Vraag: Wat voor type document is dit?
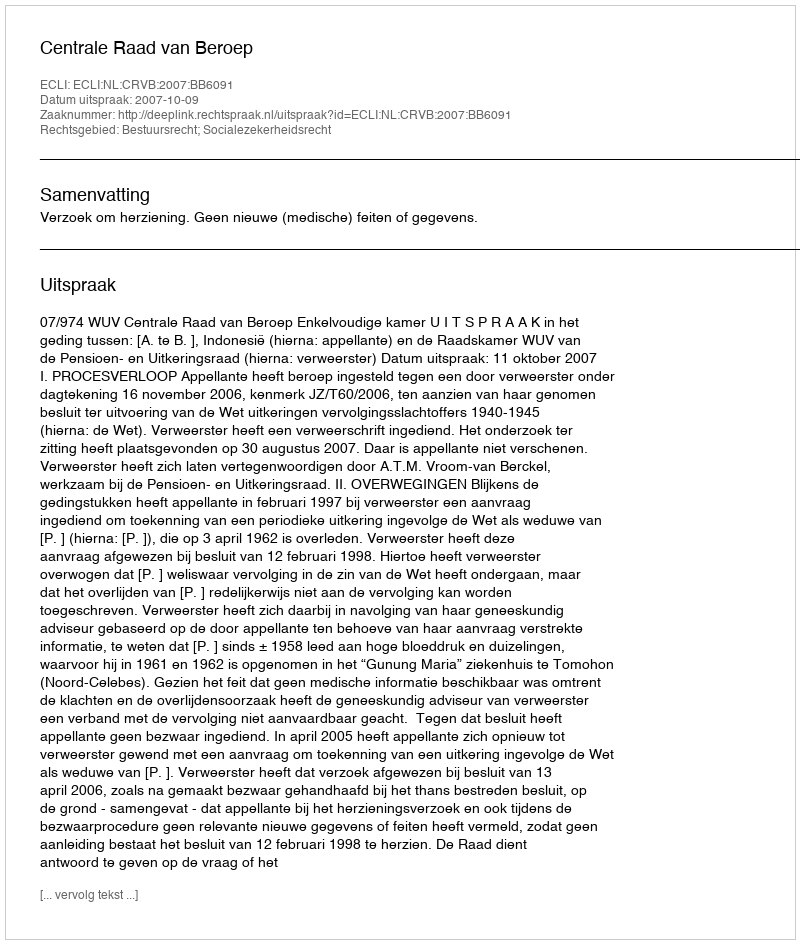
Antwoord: Uitspraak